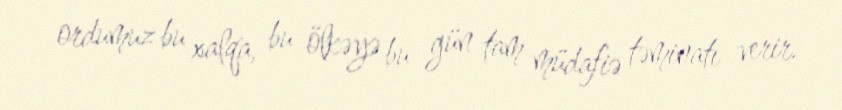
ordumuz bu xalqa, bu ölkəyə bu gün tam müdafiə təminatı verir.